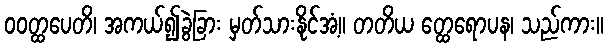
ဝဝတ္ထပေတိ၊ အကယ်၍ခွဲခြား မှတ်သားနိုင်အံ့။ တတိယ တ္ထေရောပန၊ သည်ကား။